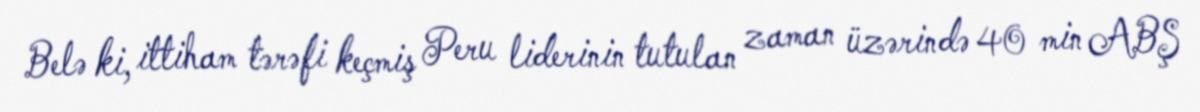
Belə ki, ittiham tərəfi keçmiş Peru liderinin tutulan zaman üzərində 40 min ABŞ